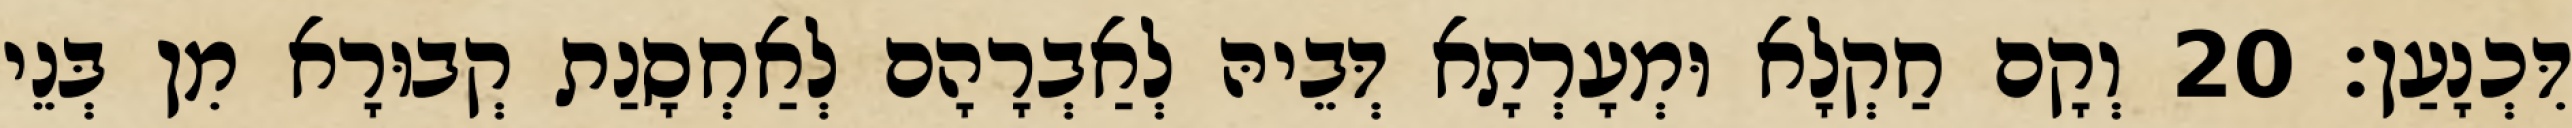
דִּכְנָעַן׃ 20 וְקָם חַקְלָא וּמְעָרְתָא דְּבֵיהּ לְאַבְרָהָם לְאַחְסָנַת קְבוּרָא מִן בְּנֵי